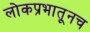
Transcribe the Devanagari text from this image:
लोकप्रभातूनच